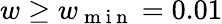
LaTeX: w\ge w_{\mathrm{~m~i~n~}}=0.01